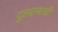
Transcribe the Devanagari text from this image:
दुसरायाची